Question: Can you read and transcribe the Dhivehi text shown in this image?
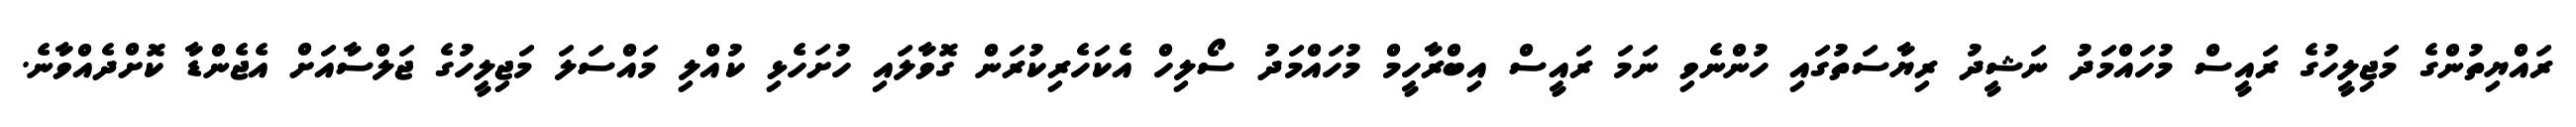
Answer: ރައްޔިތުންގެ މަޖިލީހުގެ ރައީސް މުހައްމަދު ނަޝީދު ރިޔާސަތުގައި ހުންނެވި ނަމަ ރައީސް އިބްރާހީމް މުހައްމަދު ސޯލިހް އެކަހެރިކުރަން ގޮވާލައި ހުށަހެޅި ކުއްލި މައްސަލަ މަޖިލީހުގެ ޖަލްސާއަށް އެޖެންޑާ ކޮށްދެއްވާނެ.